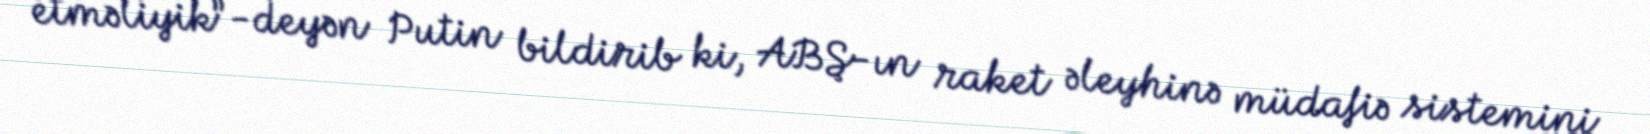
etməliyik”-deyən Putin bildirib ki, ABŞ-ın raket əleyhinə müdafiə sistemini